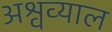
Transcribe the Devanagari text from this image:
अश्वव्याल